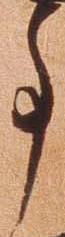
事